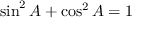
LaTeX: \sin ^ { 2 } A + \cos ^ { 2 } A = 1